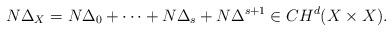
LaTeX: \begin{align*}N\Delta_{X} = N\Delta_{0} + \cdots + N\Delta_{s} + N \Delta^{s+1} \in CH^{d}(X\times X). \end{align*}